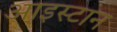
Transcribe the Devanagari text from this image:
आइस्टान